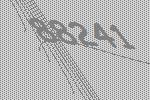
88241